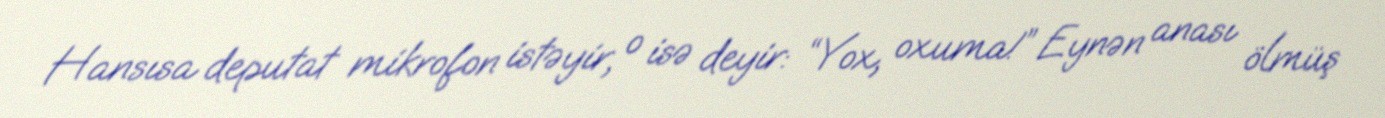
Hansısa deputat mikrofon istəyir, o isə deyir: “Yox, oxuma!” Eynən anası ölmüş